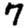
Digit: 7